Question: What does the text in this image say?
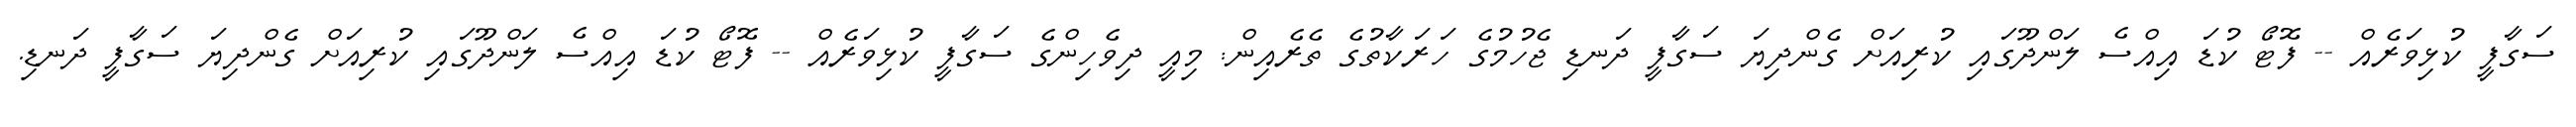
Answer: ސަގާފީ ކުޅިވަރެއް -- ފޮޓޯ ކުޑަ އިއްސެ ލަންދޫގައި ކުރިއަށް ގެންދިޔަ ސަގާފީ ދަނޑި ޖެހުމުގެ ހަރަކާތުގެ ތެރެއިން: މިއީ ދިވެހިންގެ ސަގާފީ ކުޅިވަރެއް -- ފޮޓޯ ކުޑަ އިއްސެ ލަންދޫގައި ކުރިއަށް ގެންދިޔަ ސަގާފީ ދަނޑި.